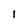
Character: 1